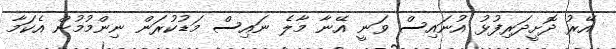
އޭރު ދޮށީދަރިފުޅު އުނައިސް ވަނީ އޭނާ މާލެ ނައިސް މަޑުކުރަން ނިންމުމުން އެކަމާ